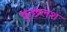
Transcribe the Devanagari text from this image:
कुछलश